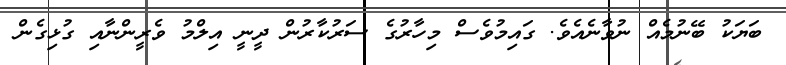
ބަޔަކު ބޭނުމެއް ނުވާނެއެވެ. ގައިމުވެސް މިހާރުގެ ސަރުކާރުން ދީނީ އިލްމު ވެރީންނާއި ގުޅިގެން